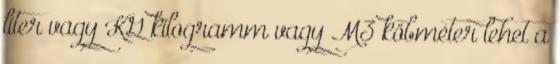
liter vagy KG kilogramm vagy M3 köbméter lehet a